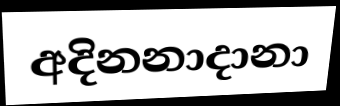
අදිනනාදානා